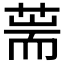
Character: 𦵓